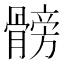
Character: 髈